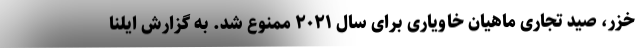
خزر، صید تجاری ماهیان خاویاری برای سال ۲۰۲۱ ممنوع شد. به گزارش ایلنا